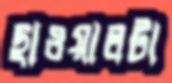
ছাওয়ালটা